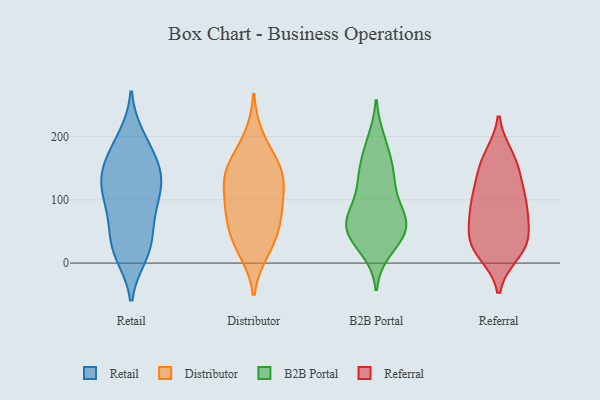
{"axis": {"x": "Budget (USD K)", "y": "Value"}, "legend": ["B2B Portal", "Distributor", "Referral", "Retail"], "data": [{"x": "", "y": 19, "type": "Retail"}, {"x": "", "y": 81, "type": "Retail"}, {"x": "", "y": 107, "type": "Retail"}, {"x": "", "y": 200, "type": "Retail"}, {"x": "", "y": 103, "type": "Retail"}, {"x": "", "y": 12, "type": "Retail"}, {"x": "", "y": 163, "type": "Retail"}, {"x": "", "y": 30, "type": "Retail"}, {"x": "", "y": 135, "type": "Retail"}, {"x": "", "y": 195, "type": "Retail"}, {"x": "", "y": 134, "type": "Retail"}, {"x": "", "y": 147, "type": "Retail"}, {"x": "", "y": 54, "type": "Retail"}, {"x": "", "y": 127, "type": "Retail"}, {"x": "", "y": 172, "type": "Retail"}, {"x": "", "y": 143, "type": "Retail"}, {"x": "", "y": 97, "type": "Retail"}, {"x": "", "y": 15, "type": "Retail"}, {"x": "", "y": 58, "type": "Retail"}, {"x": "", "y": 75, "type": "Distributor"}, {"x": "", "y": 69, "type": "Distributor"}, {"x": "", "y": 148, "type": "Distributor"}, {"x": "", "y": 136, "type": "Distributor"}, {"x": "", "y": 19, "type": "Distributor"}, {"x": "", "y": 158, "type": "Distributor"}, {"x": "", "y": 103, "type": "Distributor"}, {"x": "", "y": 45, "type": "Distributor"}, {"x": "", "y": 123, "type": "Distributor"}, {"x": "", "y": 86, "type": "Distributor"}, {"x": "", "y": 198, "type": "Distributor"}, {"x": "", "y": 29, "type": "Distributor"}, {"x": "", "y": 146, "type": "Distributor"}, {"x": "", "y": 126, "type": "B2B Portal"}, {"x": "", "y": 181, "type": "B2B Portal"}, {"x": "", "y": 133, "type": "B2B Portal"}, {"x": "", "y": 44, "type": "B2B Portal"}, {"x": "", "y": 39, "type": "B2B Portal"}, {"x": "", "y": 193, "type": "B2B Portal"}, {"x": "", "y": 75, "type": "B2B Portal"}, {"x": "", "y": 151, "type": "B2B Portal"}, {"x": "", "y": 58, "type": "B2B Portal"}, {"x": "", "y": 22, "type": "B2B Portal"}, {"x": "", "y": 80, "type": "B2B Portal"}, {"x": "", "y": 74, "type": "B2B Portal"}, {"x": "", "y": 53, "type": "B2B Portal"}, {"x": "", "y": 77, "type": "B2B Portal"}, {"x": "", "y": 136, "type": "B2B Portal"}, {"x": "", "y": 46, "type": "B2B Portal"}, {"x": "", "y": 38, "type": "Referral"}, {"x": "", "y": 102, "type": "Referral"}, {"x": "", "y": 155, "type": "Referral"}, {"x": "", "y": 165, "type": "Referral"}, {"x": "", "y": 16, "type": "Referral"}, {"x": "", "y": 124, "type": "Referral"}, {"x": "", "y": 89, "type": "Referral"}, {"x": "", "y": 169, "type": "Referral"}, {"x": "", "y": 93, "type": "Referral"}, {"x": "", "y": 20, "type": "Referral"}, {"x": "", "y": 42, "type": "Referral"}, {"x": "", "y": 137, "type": "Referral"}, {"x": "", "y": 94, "type": "Referral"}, {"x": "", "y": 30, "type": "Referral"}, {"x": "", "y": 24, "type": "Referral"}, {"x": "", "y": 72, "type": "Referral"}, {"x": "", "y": 59, "type": "Referral"}]}